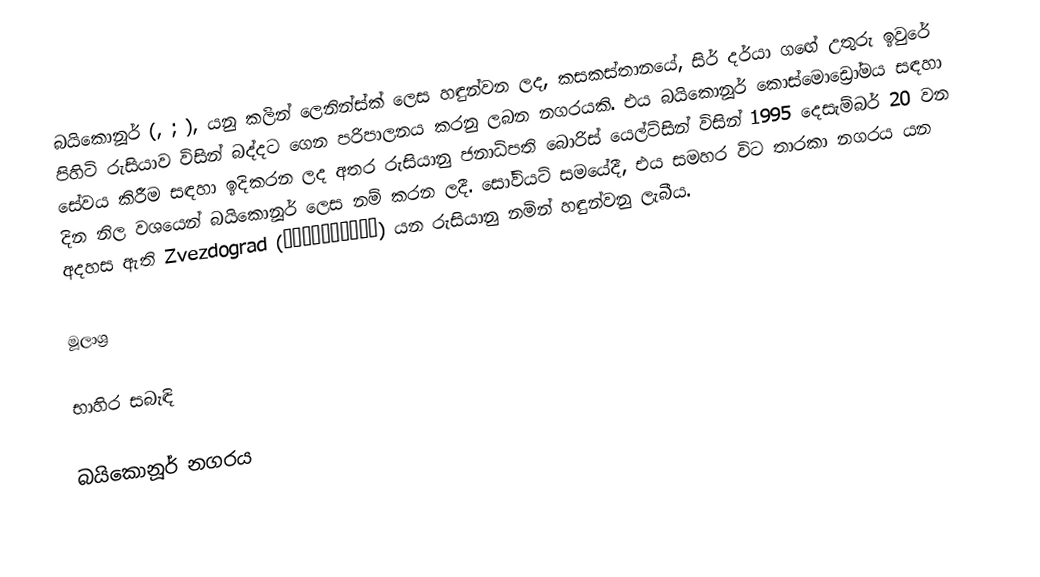
බයිකොනූර් (, ; ), යනු කලින් ලෙනින්ස්ක් ලෙස හඳුන්වන ලද, කසකස්තානයේ, සිර් දර්යා ගඟේ උතුරු ඉවුරේ පිහිටි රුසියාව විසින් බද්දට ගෙන පරිපාලනය කරනු ලබන නගරයකි. එය බයිකොනූර් කොස්මොඩ්‍රෝමය සඳහා සේවය කිරීම සඳහා ඉදිකරන ලද අතර රුසියානු ජනාධිපති බොරිස් යෙල්ට්සින් විසින් 1995 දෙසැම්බර් 20 වන දින නිල වශයෙන් බයිකොනූර් ලෙස නම් කරන ලදී. සෝවියට් සමයේදී, එය සමහර විට තාරකා නගරය යන අදහස ඇති   Zvezdograd (Звездоград) යන රුසියානු නමින් හඳුන්වනු ලැබීය.

මූලාශ්‍ර

භාහිර සබැඳි

 බයිකොනූර් නගරය